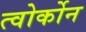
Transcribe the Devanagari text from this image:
त्वोर्कोन